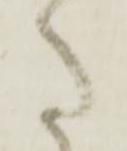
た